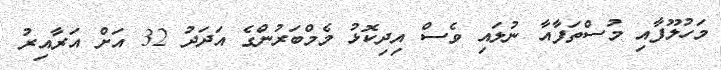
މަހުލޫފާއި މުސްތަފާއާ ނުލައި ވެސް އިދިކޮޅު މެމްބަރުންގެ އަދަދު 32 އަށް އަރާއިރު